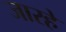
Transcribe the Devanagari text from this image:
जारहे